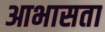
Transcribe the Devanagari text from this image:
आभासता